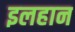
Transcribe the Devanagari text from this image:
इलहान